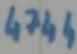
Text: 4744